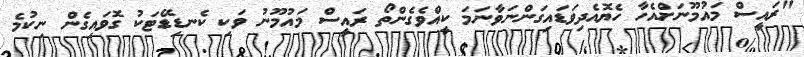
"ރައީސް މައުމޫނަށްއެހާ ހެޔޮއެދިވަޑައިގަންނަވާނަމަ ކީއްވެގެންތޯ ރައީސް މައުމޫނު ވަކި ކެނޑިޑޭޓަކު ގޮވައިގެން ނިކުމެ